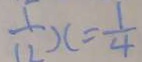
\frac { 1 } { 1 2 } x = \frac { 1 } { 4 }